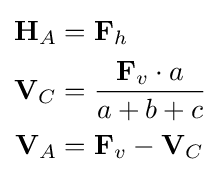
{\begin{aligned}\mathbf {H} _{A}&=\mathbf {F} _{h}\\\mathbf {V} _{C}&={\frac {\mathbf {F} _{v}\cdot a}{a+b+c}}\\\mathbf {V} _{A}&=\mathbf {F} _{v}-\mathbf {V} _{C}\end{aligned}}